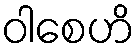
ဝါစေဟိ